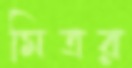
মিত্রর